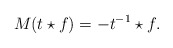
\begin{align*} M(t\star f)=-t^{-1}\star f.\end{align*}